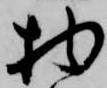
物